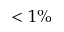
< 1 \%